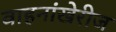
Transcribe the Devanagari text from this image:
वाहनांखेरीज